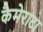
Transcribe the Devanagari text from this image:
कैमेराटा